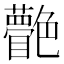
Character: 䒐